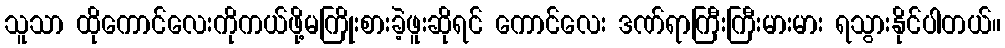
သူသာ ထိုကောင်လေးကိုကယ်ဖို့မကြိုးစားခဲ့ဖူးဆိုရင် ကောင်လေး ဒဏ်ရာကြီးကြီးမားမား ရသွားနိုင်ပါတယ်။